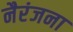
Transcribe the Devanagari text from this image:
नैरंजना